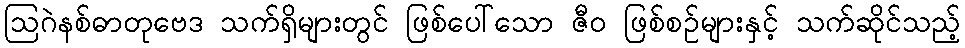
ဩဂဲနစ်ဓာတုဗေဒ သက်ရှိများတွင် ဖြစ်ပေါ်သော ဇီဝ ဖြစ်စဉ်များနှင့် သက်ဆိုင်သည့်